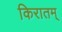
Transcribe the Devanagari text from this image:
किरातम्